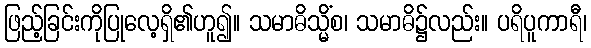
ဖြည့်ခြင်းကိုပြုလေ့ရှိ၏ဟူ၍။ သမာဓိသ္မိံစ၊ သမာဓိ၌လည်း။ ပရိပူကာရီ၊